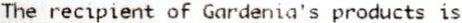
THE RECIPIENT OF GARDENIA'S PRODUCTS IS